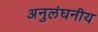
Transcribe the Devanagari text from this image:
अनुलंघनीय